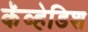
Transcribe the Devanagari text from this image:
कॅव्हेडिश